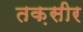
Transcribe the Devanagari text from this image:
तक़सीर